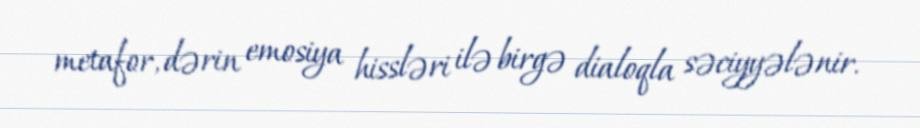
metafor, dərin emosiya hissləri ilə birgə dialoqla səciyyələnir.